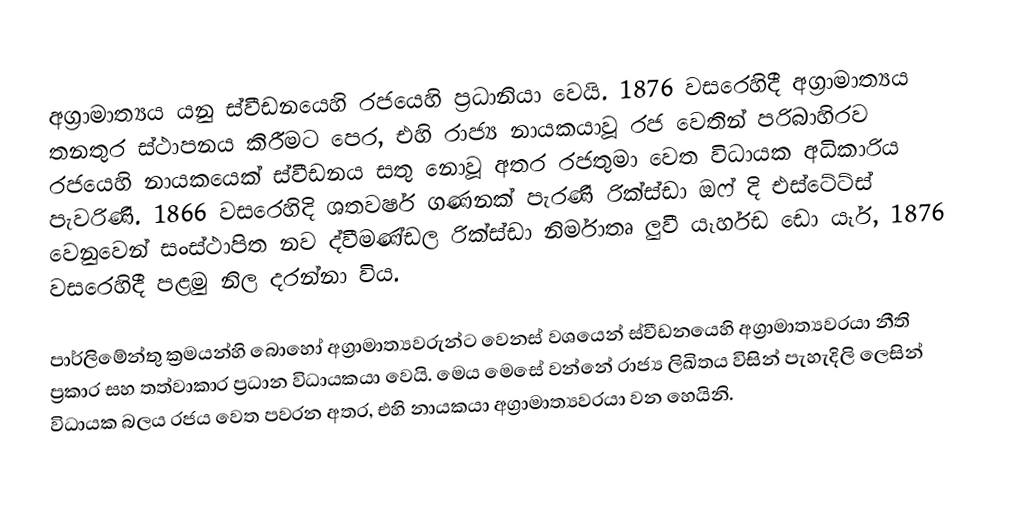
අග්‍රාමාත්‍යය යනු ස්වීඩනයෙහි රජයෙහි ප්‍රධානියා වෙයි. 1876 වසරෙහිදී අග්‍රාමාත්‍යය තනතුර ස්ථාපනය කිරීමට පෙර, එහි රාජ්‍ය නායකයාවූ  රජ වෙතින් පරිබාහිරව රජයෙහි නායකයෙක් ස්වීඩනය සතු නොවූ අතර රජතුමා වෙත විධායක අධිකාරිය පැවරිණි. 1866 වසරෙහිදි ශතවර්ෂ ගණනක් පැරණි රික්ස්ඩා ඔෆ් දි එස්ටේට්ස් වෙනුවෙන් සංස්ථාපිත නව ද්වීමණ්ඩල රික්ස්ඩා නිර්මාතෘ  ලුවී යෑර්හඩ ඩො යෑර්, 1876 වසරෙහිදී පළමු නිල දරන්නා විය.

පාර්ලිමේන්තු ක්‍රමයන්හි බොහෝ අග්‍රාමාත්‍යවරුන්ට වෙනස් වශයෙන් ස්වීඩනයෙහි අග්‍රාමාත්‍යවරයා නීති ප්‍රකාර සහ තත්වාකාර ප්‍රධාන විධායකයා වෙයි. මෙය මෙසේ වන්නේ  රාජ්‍ය ලිඛිතය විසින් පැහැදිලි ලෙසින් විධායක බලය රජය වෙත පවරන අතර, එහි නායකයා අග්‍රාමාත්‍යවරයා වන හෙයිනි.